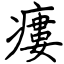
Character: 瘻